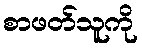
စာဖတ်သူကို